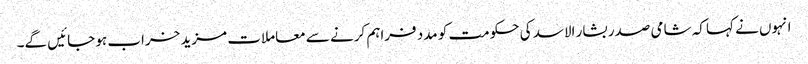
انہوں نے کہا کہ شامی صدر بشار الاسد کی حکومت کو مدد فراہم کرنے سے معاملات مزید خراب ہو جائیں گے۔